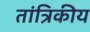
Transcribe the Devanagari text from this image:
तांत्रिकीय